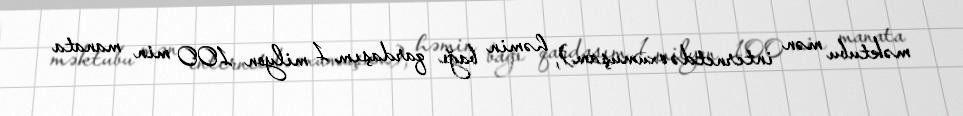
məktubu mən internetdə oxumuşam), həmin bağı qardaşım 1 milyon 100 min manata